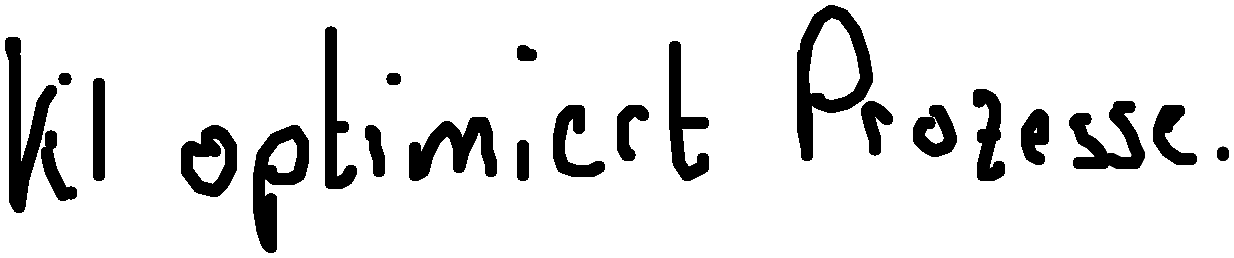
KI optimiert Prozesse.